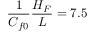
\frac { 1 } { C _ { f 0 } } \frac { H _ { F } } { L } = 7 . 5